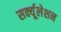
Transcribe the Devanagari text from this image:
सर्क्यूलेशन